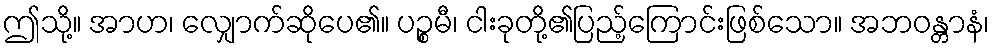
ဤသို့။ အာဟ၊ လျှောက်ဆိုပေ၏။ ပဉ္စမီ၊ ငါးခုတို့၏ပြည့်ကြောင်းဖြစ်သော။ အဘဝန္တာနံ၊